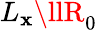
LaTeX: L_{\mathbf{x}}\llR_{0}